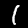
Label: 1